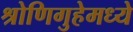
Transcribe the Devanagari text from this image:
श्रोणिगुहेमध्ये